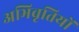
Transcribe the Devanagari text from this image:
अभिवृतियों